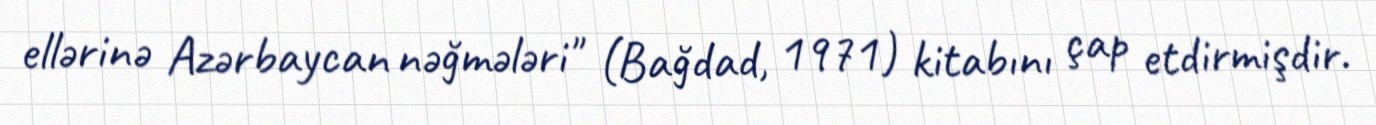
ellərinə Azərbaycan nəğmələri" (Bağdad, 1971) kitabını çap etdirmişdir.